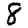
Digit: 8